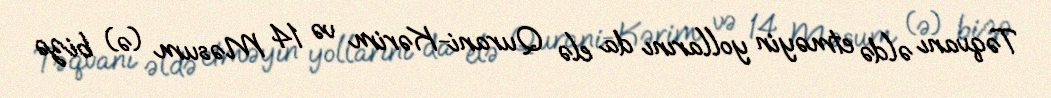
Təqvanı əldə etməyin yollarını da elə Qurani-Kərim və 14 Məsum (ə) bizə